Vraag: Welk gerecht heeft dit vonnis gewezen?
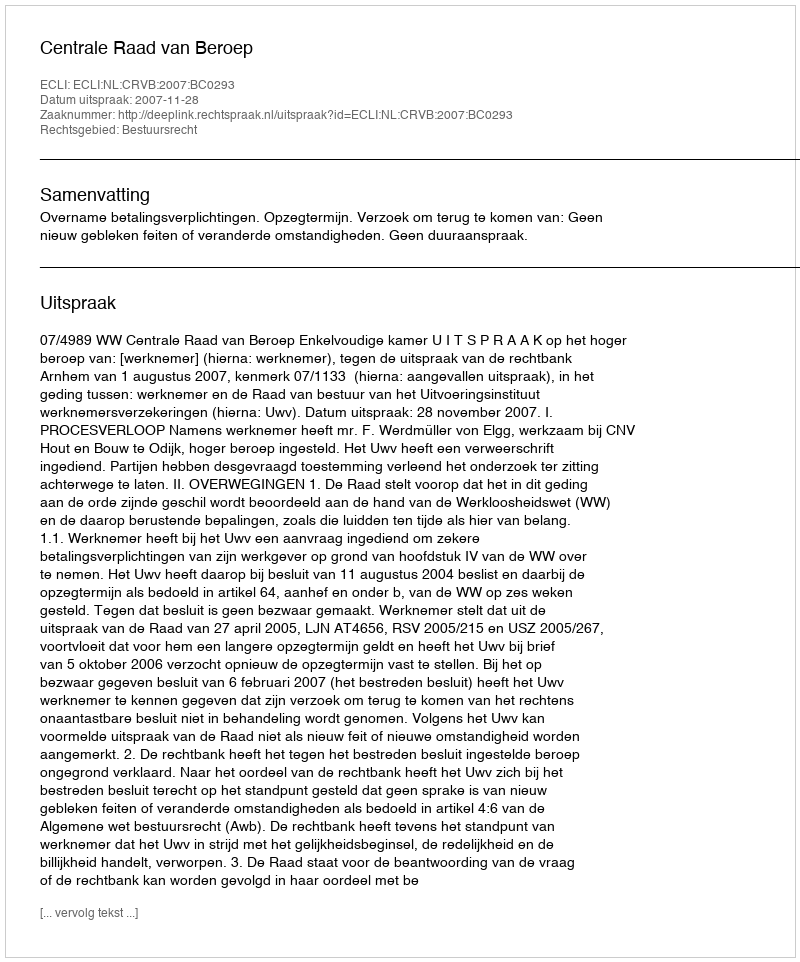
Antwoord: Centrale Raad van Beroep